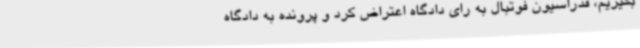
بگیریم، فدراسیون فوتبال به رای دادگاه اعتراض کرد و پرونده به دادگاه